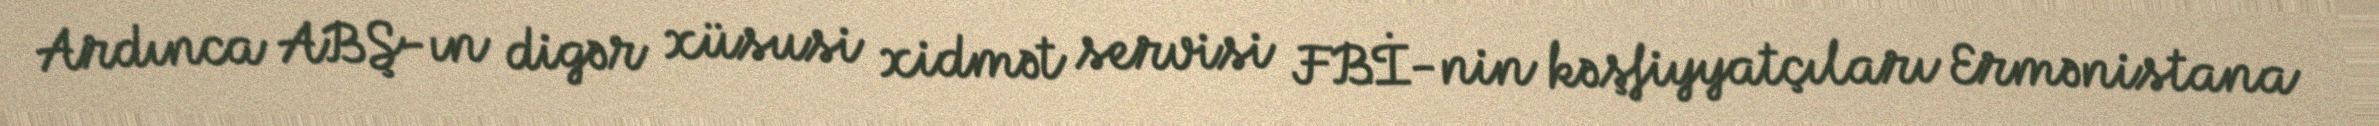
Ardınca ABŞ-ın digər xüsusi xidmət servisi FBİ-nin kəşfiyyatçıları Ermənistana